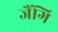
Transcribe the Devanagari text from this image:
जैंगि